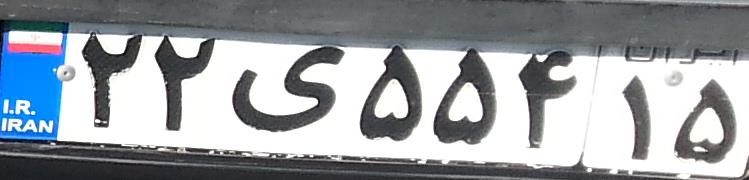
۲۲ی۵۵۴۱۵